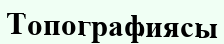
Топографиясы